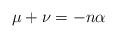
LaTeX: \begin{align*}\mu +\nu=-n\alpha\end{align*}